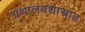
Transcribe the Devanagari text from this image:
ग्रंथालयशास्त्रात